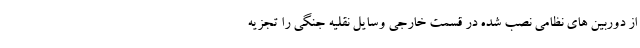
از دوربین های نظامی نصب شده در قسمت خارجی وسایل نقلیه جنگی را تجزیه